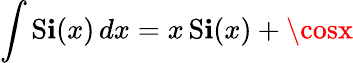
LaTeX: \int\operatorname{S\mathbf{i}}(x)\, dx=x\operatorname{S\mathbf{i}}(x)+\cosx